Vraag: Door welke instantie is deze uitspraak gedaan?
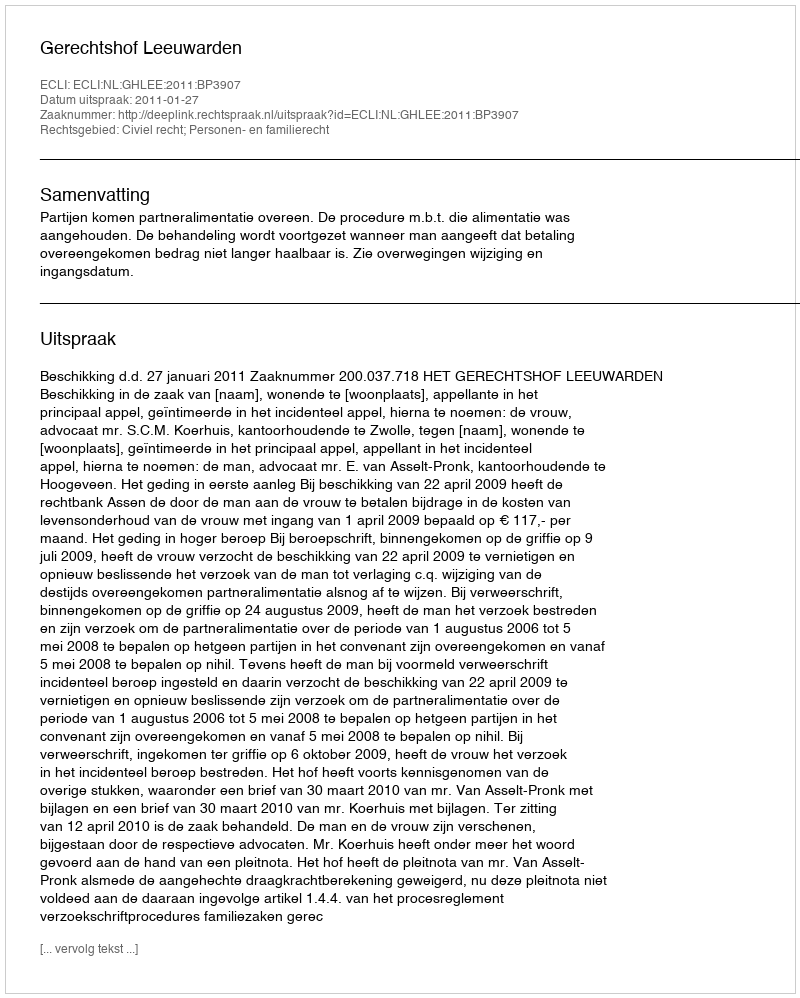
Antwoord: Gerechtshof Leeuwarden